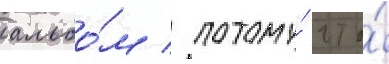
альбо́м / потому́ что́